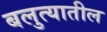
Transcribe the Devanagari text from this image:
बलुत्यातील